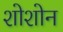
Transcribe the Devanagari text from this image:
शोशोन